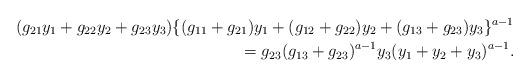
LaTeX: \begin{align*}(g_{21}y_1+g_{22}y_2+g_{23}y_3)\{(g_{11}+g_{21})y_1+(g_{12}+g_{22})y_2+(g_{13}+g_{23})y_3\}^{a-1}\\=g_{23}(g_{13}+g_{23})^{a-1}y_3(y_1+y_2+y_3)^{a-1}.\end{align*}